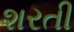
શરતી